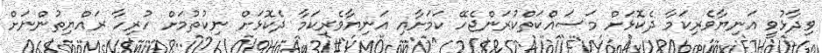
ވިދާޅުވީ އަނިޔާވެރިކަމާ ދެކޮޅަށް މަސައްކަތްކުރަންޖެހޭ ކަމަށާއި އަނިޔާވެރިކަމާ ދެކޮޅަށް ނިކުތުމަށް ހުރިހާ ރައްޔިތުންނަށް